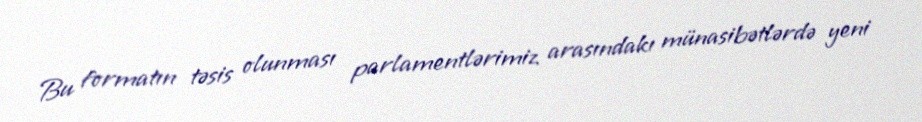
Bu formatın təsis olunması parlamentlərimiz arasındakı münasibətlərdə yeni